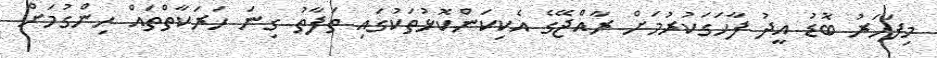
މިފަހަރު ބޮޑު އީދު ފާހަގަކުރުމަށް ރާއްޖޭގެ އެކިކަންކޮޅުތަކުގައި ތަފާތު ގިނަ ހަރަކާތްތައް ހިންގުމަށް